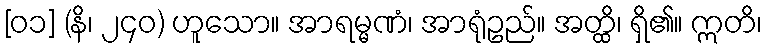
[၀၁] (နိ၊ ၂၄၀) ဟူသော။ အာရမ္မဏံ၊ အာရုံဥည်။ အတ္ထိ၊ ရှိ၏။ ဣတိ၊